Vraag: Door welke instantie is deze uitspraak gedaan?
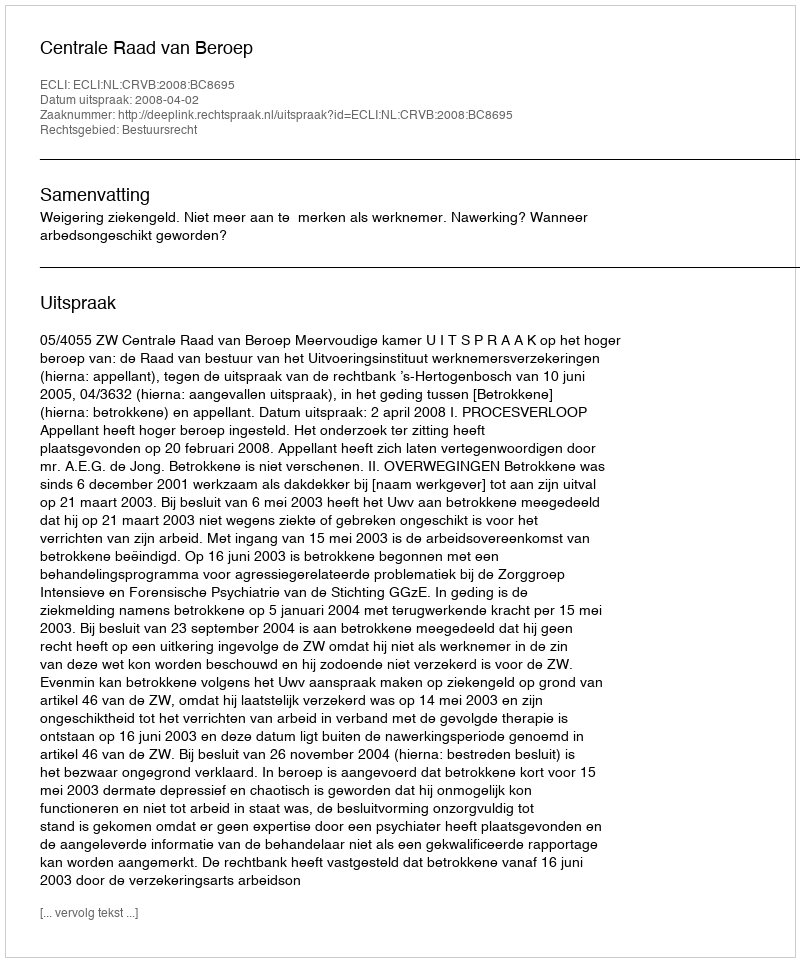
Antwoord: Centrale Raad van Beroep